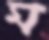
ম